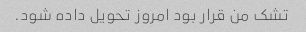
تشک من قرار بود امروز تحویل داده شود.